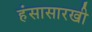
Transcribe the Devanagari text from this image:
हंसासारखी